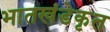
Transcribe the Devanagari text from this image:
भातखंडेकृत